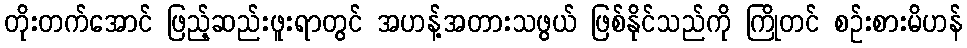
တိုးတက်အောင် ဖြည့်ဆည်းဖူးရာတွင် အဟန့်အတားသဖွယ် ဖြစ်နိုင်သည်ကို ကြိုတင် စဉ်းစားမိဟန်